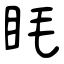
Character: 眊